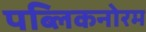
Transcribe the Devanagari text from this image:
पब्लिकनोरम